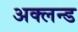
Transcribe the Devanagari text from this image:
अक्लन्ड